Report of the Municipal Commissioner on the plague in Bombay for the year ending 31st May... - Volume 1
Disease focus: Plague
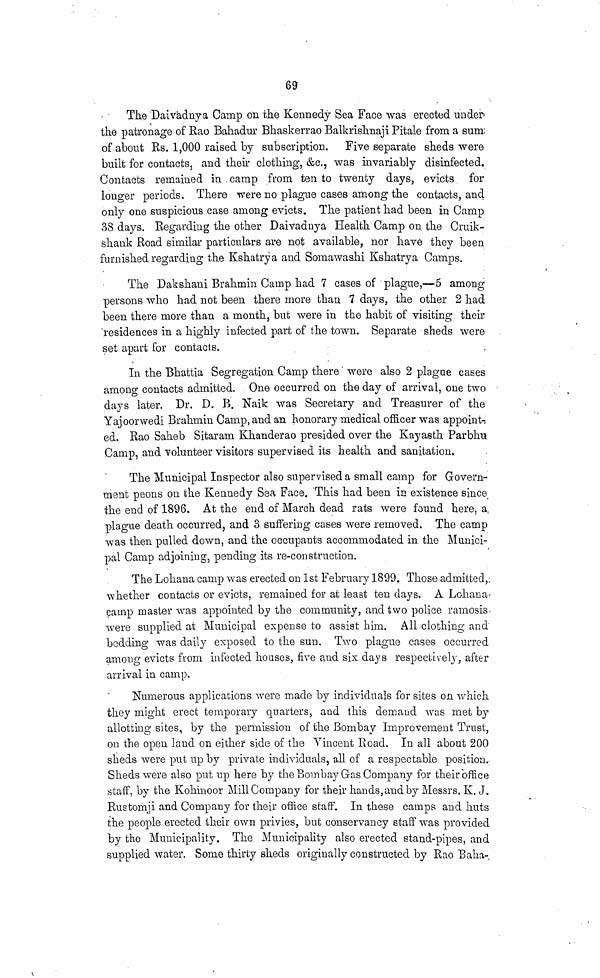
69
The Daivadnya Camp on the Kennedy Sea Face was erected under
the patronage of Rao Bahadur Bhaskerrao Balkrishnaji Pitale from a sum
of about Rs. 1,000 raised by subscription.
Five separate sheds were
built for contacts, and their clothing, &c., was invariably disinfected.
Contacts remained in camp from ten to twenty days, evicts for
longer periods. There were no plague cases among the contacts, and
only one suspicious case among evicts. The patient had been in Camp
38 days, Regarding the other Daivaduya Health Camp on the Cruik-
shank Road similar particulars are not available, nor have they been
furnished regarding the Kshatrya and Somawashi Kshatrya Camps.
The Dakshani Brahmin Camp had 7 cases of plague,—5 among
persons who had not been there more than 7 days, the other 2 had
been there more than a month, but were in the habit of visiting their
residences in a highly infected part of the town. Separate sheds were
set apart for contacts.
In the Bhattia Segregation Camp there were also 2 plague cases
among contacts admitted. One occurred on the day of arrival, one two
days later. Dr. D. B. Naik was Secretary and Treasurer of the
Yajoorwedi Brahmin Camp, and an honorary medical officer was appoint
ed. Rao Saheb Sitaram Khanderao presided over the Kayasth Parbhu
Camp, and volunteer visitors supervised its health and sanitation,
The Municipal Inspector also supervised a small camp for Govern-
ment peons on the Kennedy Sea Face. This had been in existence since
the end of 1896. At the end of March dead rats were found here, a
plague death occurred, and 3 suffering cases were removed. The camp
was then pulled down, and the occupants accommodated in the Munici-
pal Camp adjoining, pending its re-construction.
The Lohana camp was erected on 1st February 1899. Those admitted,
whether contacts or evicts, remained for at least ten days. A Lohana
camp master was appointed by the community, and two police ramosis
were supplied at Municipal expense to assist him. All clothing and
bedding was daily exposed to the sun. Two plague cases occurred
among evicts from infected houses, five and six days respectively, after
arrival in camp.
Numerous applications were made by individuals for sites on which
they might erect temporary quarters, and this demand was met by
allotting sites, by the permission of the Bombay Improvement Trust,
on the open land on either side of the Vincent Road. In all about 200
sheds were put up by private individuals, all of a respectable position.
Sheds were also put up here by the Bombay Gas Company for their office
staff, by the Kohinoor Mill Company for their hands, and by Messrs, K. J.
Rustomji and Company for their office staff. In these camps and huts
the people erected their own privies, but conservancy staff was provided
by the Municipality. The Municipality also erected stand-pipes, and
supplied water. Some thirty sheds originally constructed by Rao Baha-